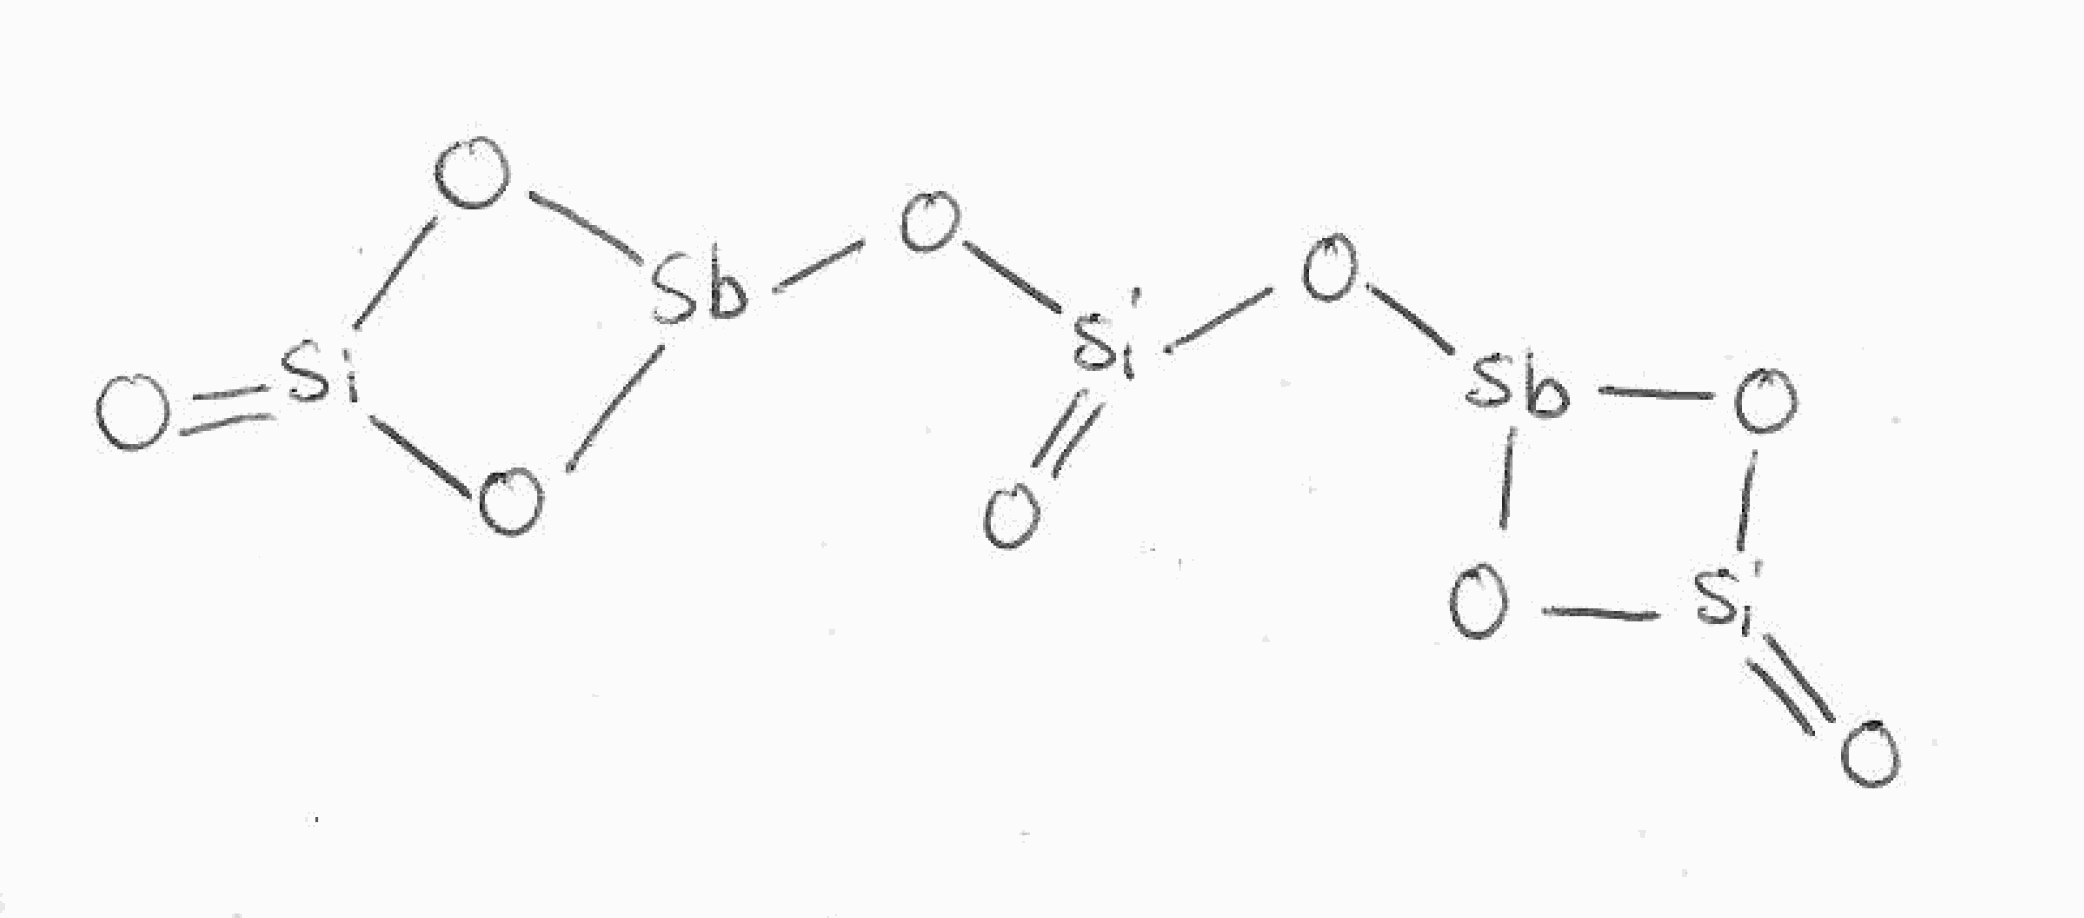
Simplified molecular-input line-entry system (SMILES) notation of the given molecule:
O=[Si]1O[Sb](O1)O[Si](=O)O[Sb]2O[Si](=O)O2